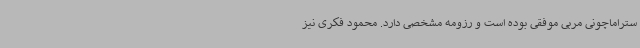
ستراماچونی مربی موفقی بوده است و رزومه مشخصی دارد. محمود فکری نیز